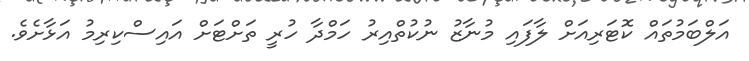
އަލްބަމުތައް ކޮޓަރިއަށް ލާފައި މުނާޒު ނުކުތްއިރު ހަމްދާ ހުރީ ތަށްޓަށް އައިސްކިރިމު އަޅާށެވެ.